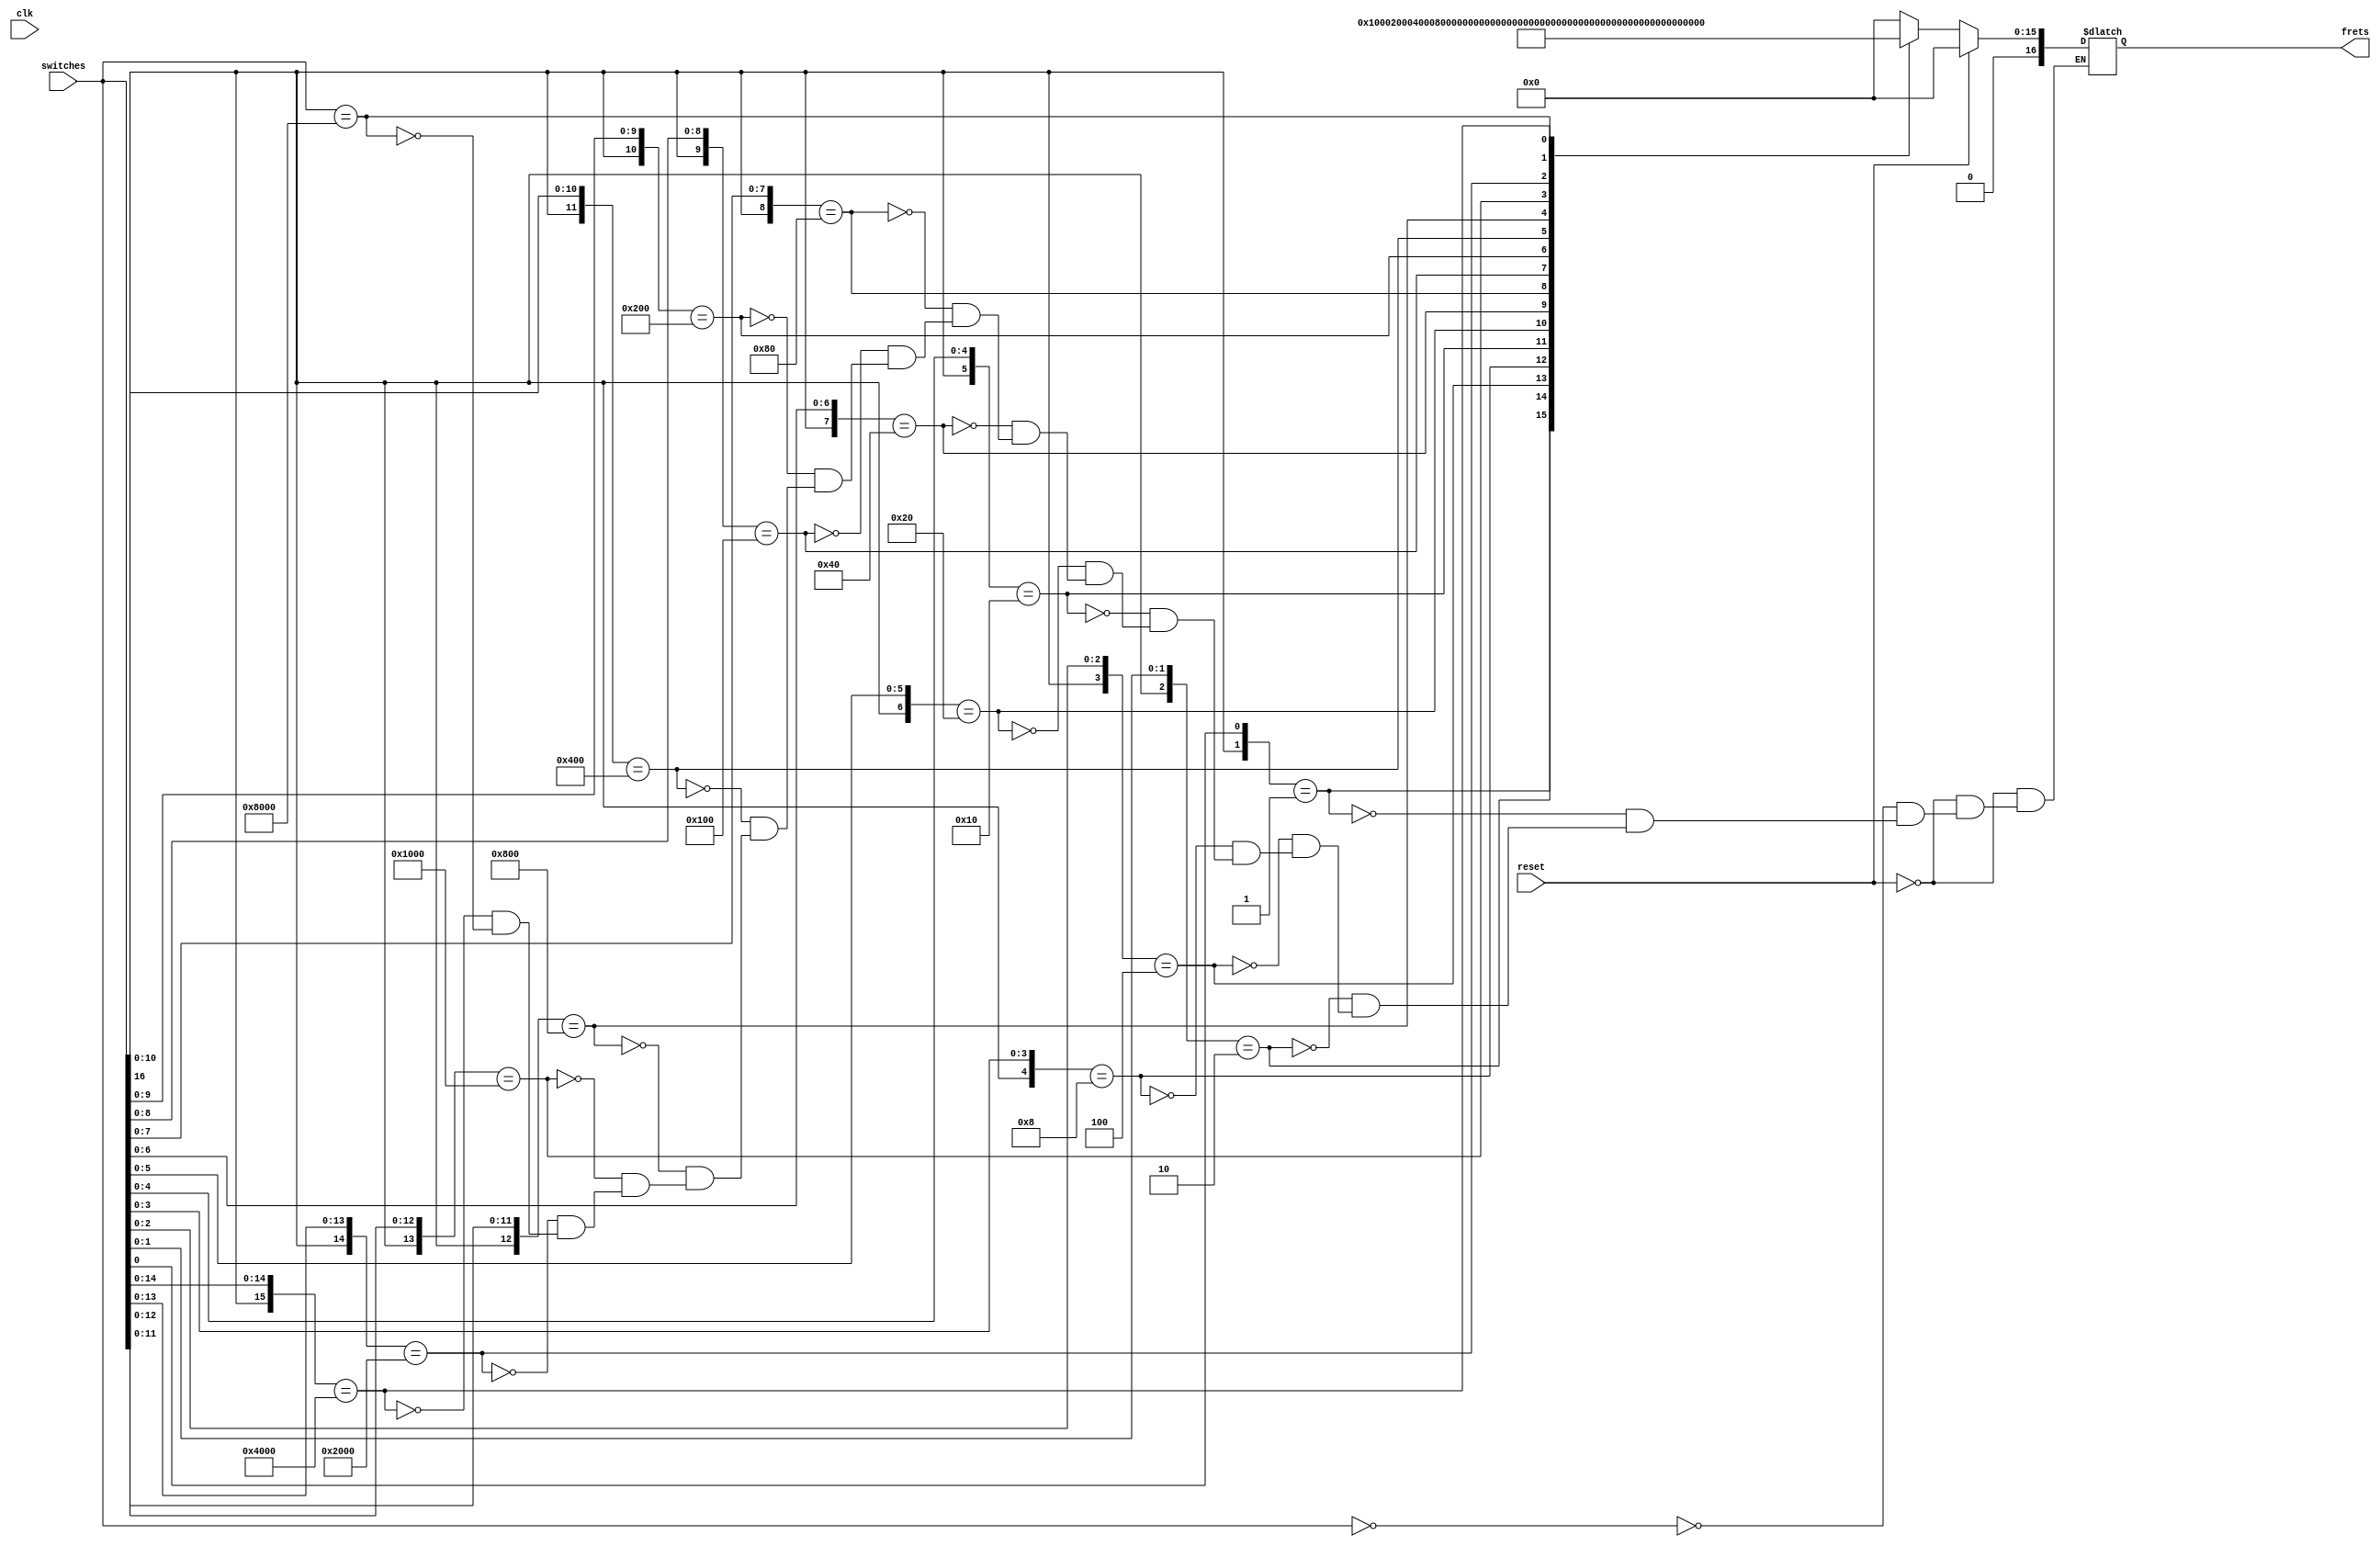
module decoder(
    input clk, reset,
    input [16:0] switches,
    output wire [16:0] frets
    );
   
    reg [16:0] fretOut;
   
    always @ (clk) begin
        if (reset == 1'b1) begin  //if reset is activated
            fretOut = 0;
        end else begin
            casex (switches) //casex to assign which fret is played
                16'b0000000000000000 : fretOut = 16'b0000000000000000;
                16'bxxxxxxxxxxxxxxx1 : fretOut = 16'b0000000000000001;
                16'bxxxxxxxxxxxxxx10 : fretOut = 16'b0000000000000010;
                16'bxxxxxxxxxxxxx100 : fretOut = 16'b0000000000000100;
                16'bxxxxxxxxxxxx1000 : fretOut = 16'b0000000000001000;
                16'bxxxxxxxxxxx10000 : fretOut = 16'b0000000000010000;
                16'bxxxxxxxxxx100000 : fretOut = 16'b0000000000100000;
                16'bxxxxxxxxx1000000 : fretOut = 16'b0000000001000000;
                16'bxxxxxxxx10000000 : fretOut = 16'b0000000010000000;
                16'bxxxxxxx100000000 : fretOut = 16'b0000000100000000;
                16'bxxxxxx1000000000 : fretOut = 16'b0000001000000000;
                16'bxxxxx10000000000 : fretOut = 16'b0000010000000000;
                16'bxxxx100000000000 : fretOut = 16'b0000100000000000;
                16'bxxx1000000000000 : fretOut = 16'b0001000000000000;
                16'bxx10000000000000 : fretOut = 16'b0010000000000000;
                16'bx100000000000000 : fretOut = 16'b0100000000000000;
                16'b1000000000000000 : fretOut = 16'b1000000000000000;
            endcase
        end
    end
   
    assign frets = fretOut;
endmodule